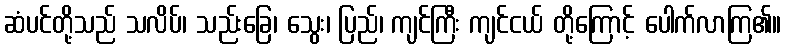
ဆံပင်တို့သည် သလိပ်၊ သည်းခြေ၊ သွေး၊ ပြည်၊ ကျင်ကြီး ကျင်ငယ် တို့ကြောင့် ပေါက်လာကြ၏။